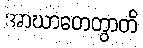
အာဃာတေတွာတိ